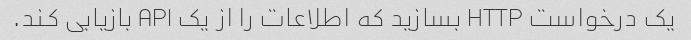
یک درخواست HTTP بسازید که اطلاعات را از یک API بازیابی کند.